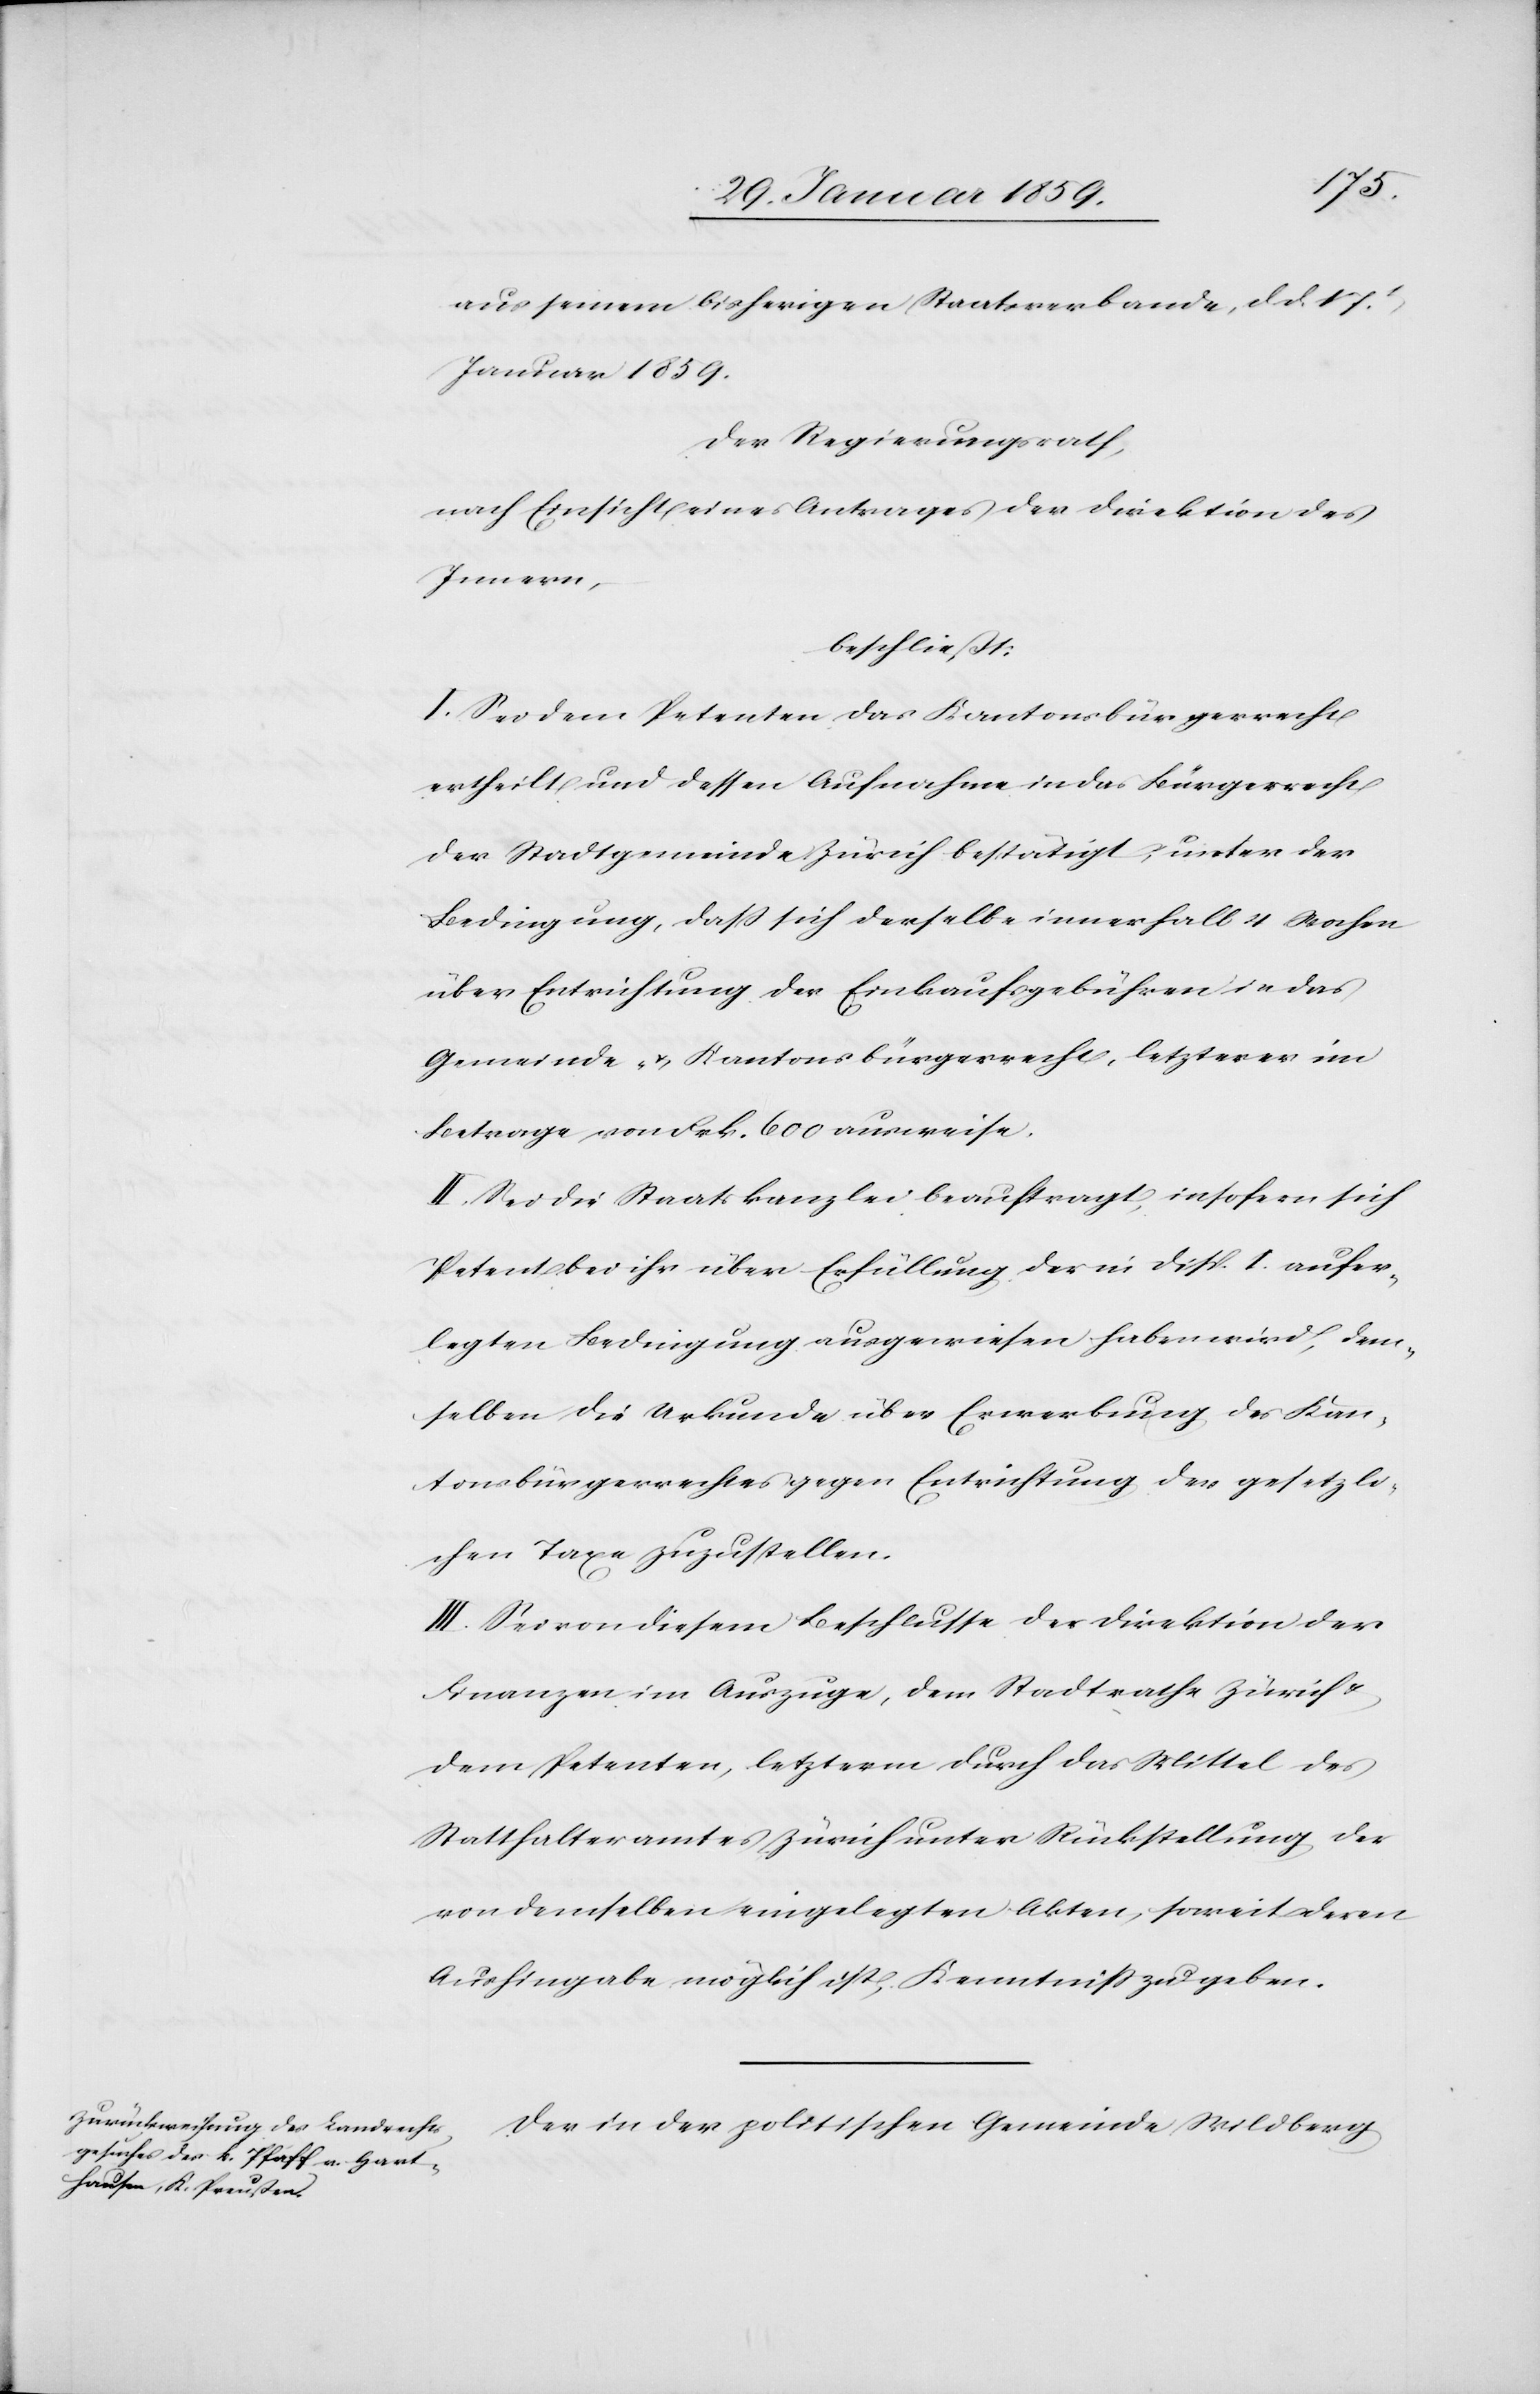
aus seinem bisherigen Staatsverbande, d. d. 17t.
Januar 1859.
Der Regierungsrath,
nach Einsicht eines Antrages der Direktion des
Innern,
beschließt:
I. Sei dem Petenten das Kantonsbürgerrecht
ertheilt und dessen Aufnahme in das Bürgerrecht
der Stadtgemeinde Zürich bestätigt, unter der
Bedingung, daß sich derselbe innerhalb 4 Wochen
über Entrichtung der Einkaufsgebühren in das
Gemeinde- u. Kantonsbürgerrecht, letzteres im
Betrage von Frk. 600 ausweise.
II Sei die Staatskanzlei beauftragt, insofern sich
Petent ihr über Erfüllung der in Disp. I. aufer¬
legten Bedingung ausgewiesen haben wird, dem¬
selben die Urkunde über Erwerbung des Kan¬
tonsbürgerrechtes gegen Entrichtung der gesetzli¬
chen Taxe zuzustellen.
III Sei von diesem Beschlusse der Direktion der
Finanzen im Auszuge, dem Stadtrathe Zürich u.
dem Petenten, letzterm durch das Mittel des
Statthalteramtes Zürich unter Rückstellung der
von demselben eingelegten Akten, soweit deren
Aushingabe möglich ist; Kenntniß zu geben.
Der in der politischen Gemeinde Wildberg